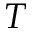
T